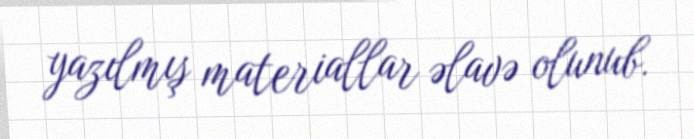
yazılmış materiallar əlavə olunub.